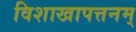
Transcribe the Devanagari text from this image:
विशाखापत्तनम्‌